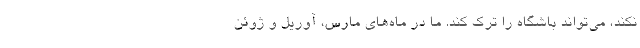
نکند، می‌تواند باشگاه را ترک کند. ما در ماه‌های مارس، آوریل و ژوئن